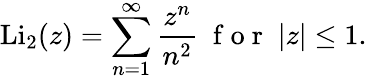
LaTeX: \mathrm{Li}_{2}(z)=\sum_{n=1}^{\infty}\frac{z^{n}}{n^{2}}\; \mathrm{~f~o~r~}\; |z|\le 1.